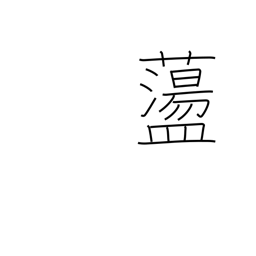
Meaning: to toss about